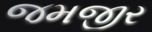
જમજીર